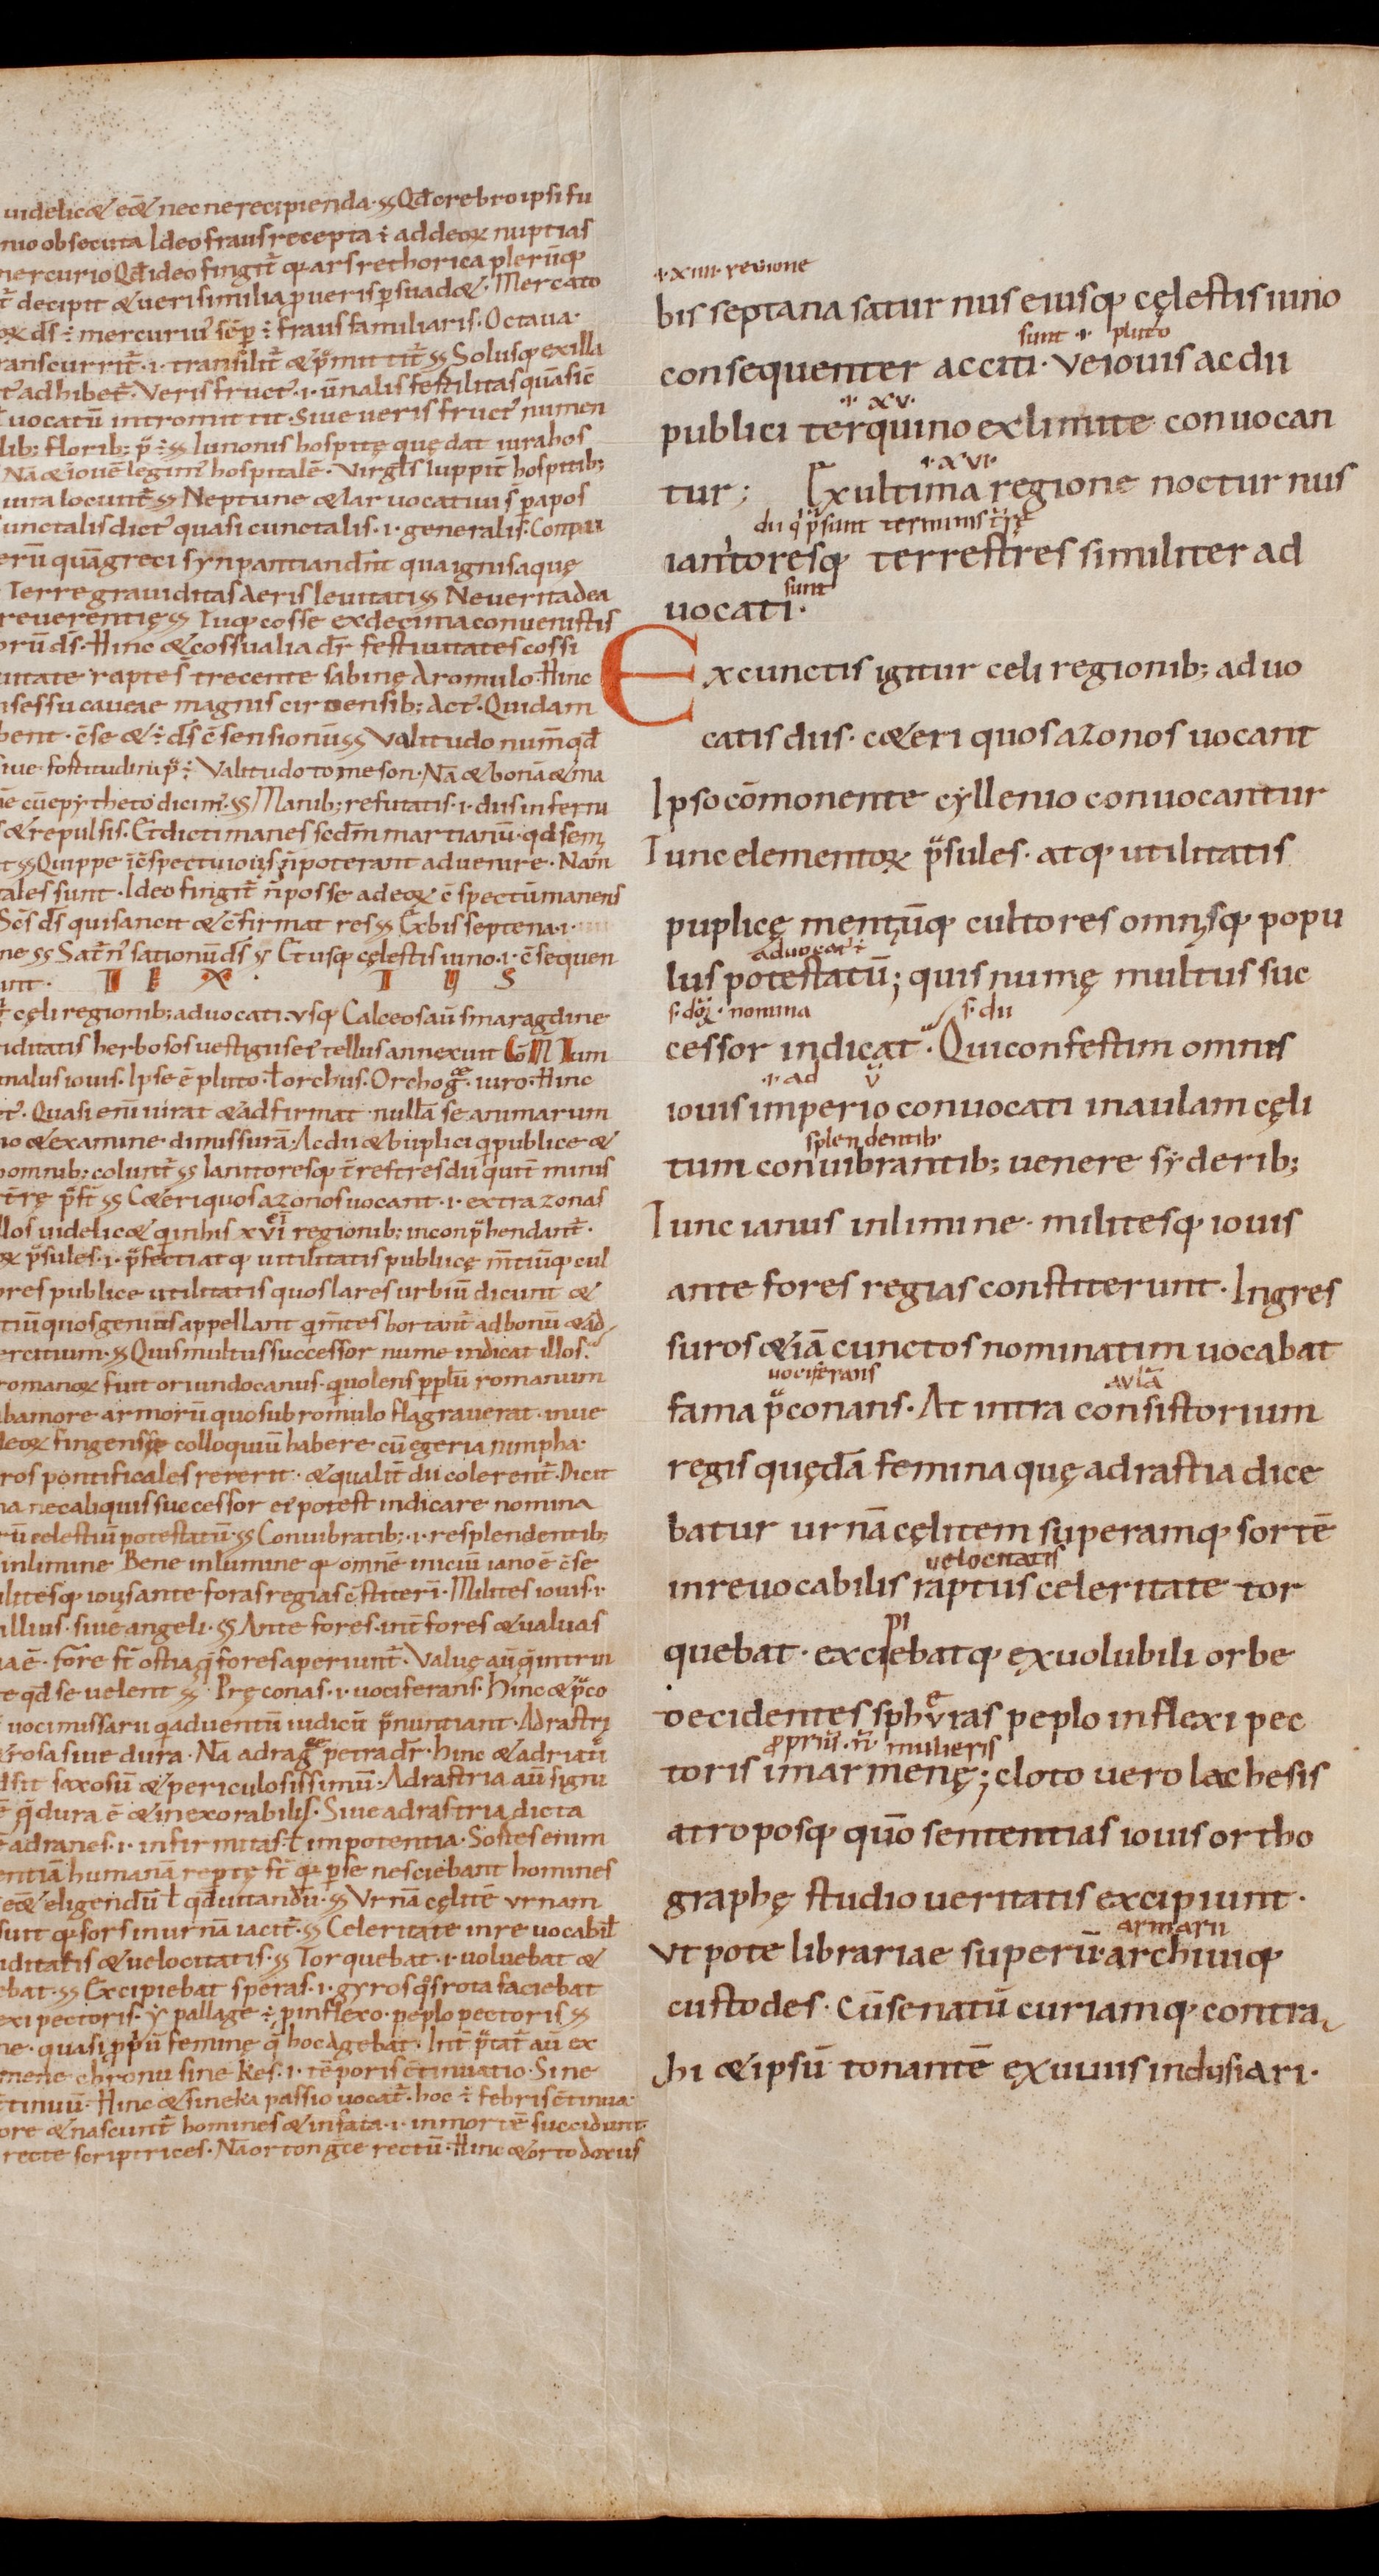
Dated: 1000–1099